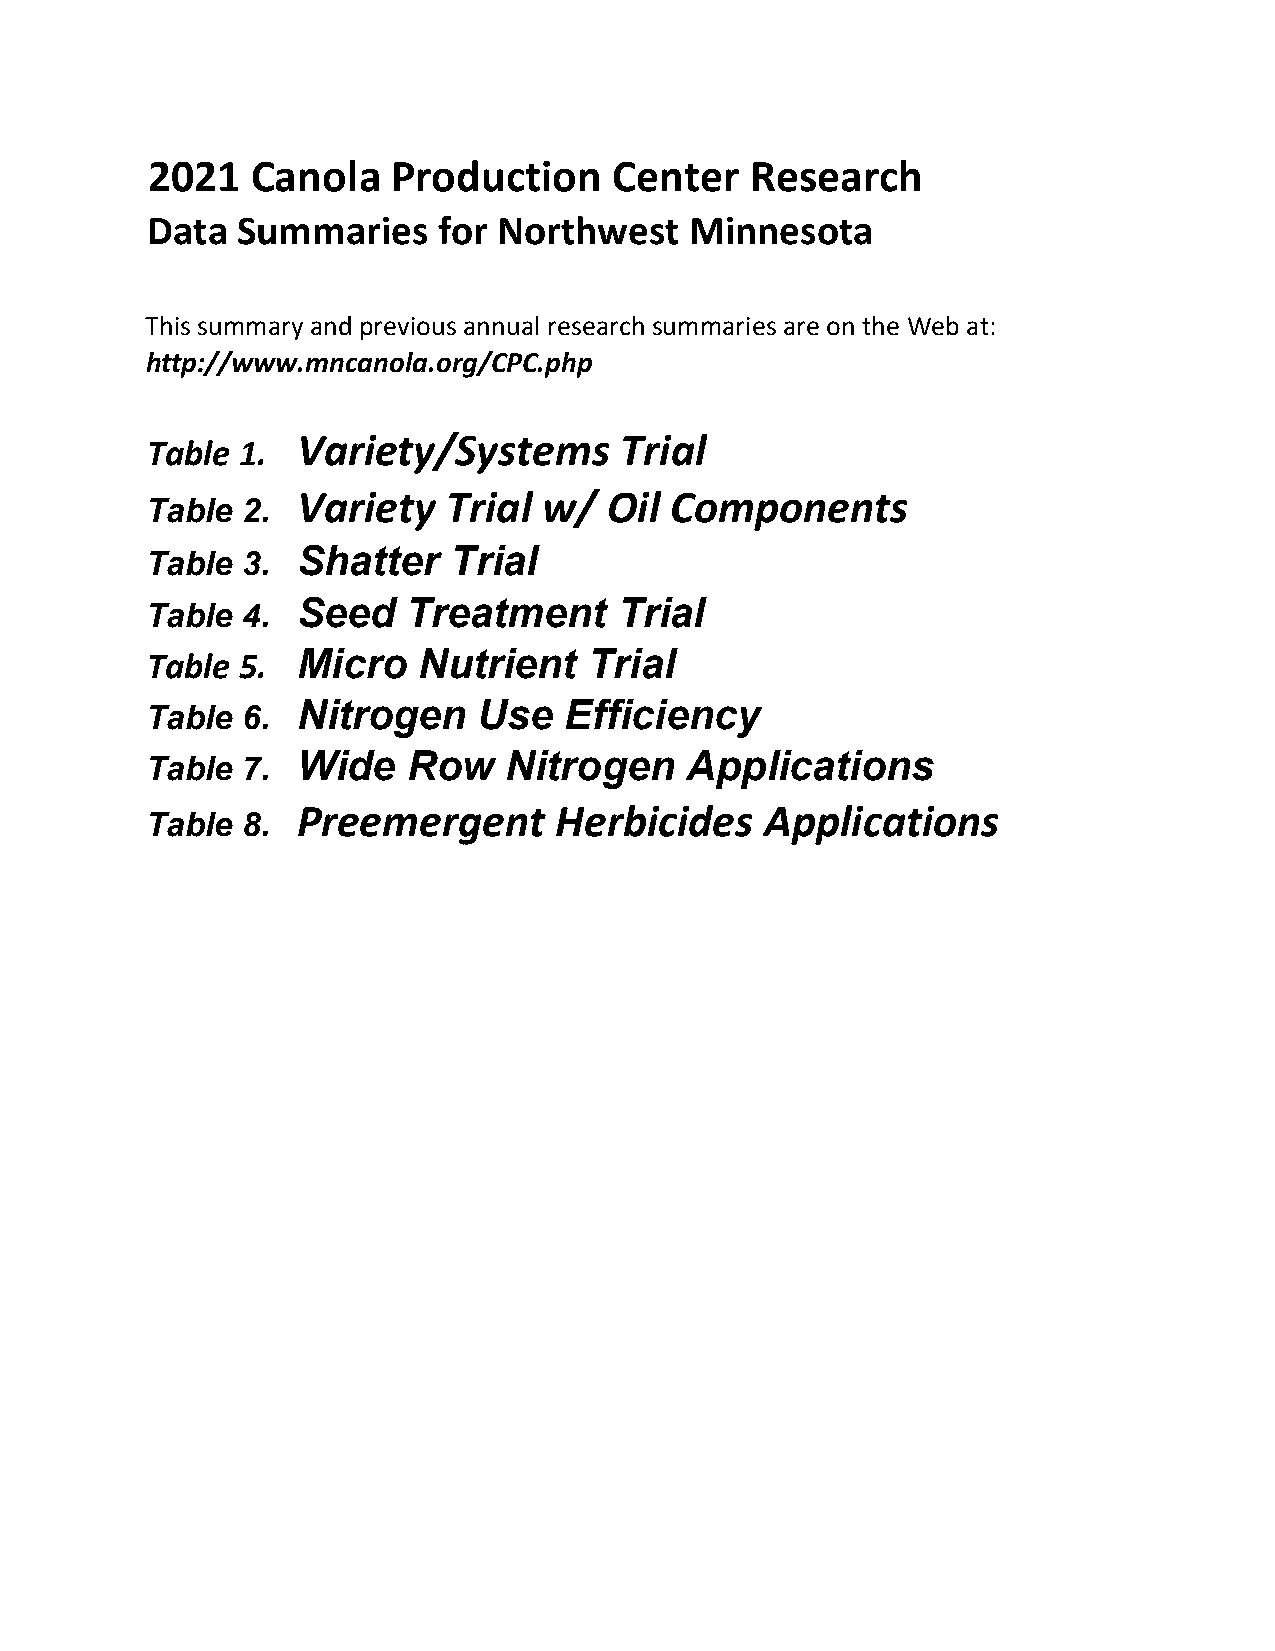
2021   Canola   Production     Center   Research
 Data  Summaries    for Northwest    Minnesota
 This summary and previous annual research summaries are on the Web at:
 http://www.mncanola.org/CPC.php
 Variety/Systems      Trial
 Table 1.
 Variety   Trial w/  Oil Components
 Table 2.
 Table 3.  Shatter   Trial
 Table 4.  Seed   Treatment     Trial
 Table 5.  Micro   Nutrient   Trial
 Table 6.  Nitrogen    Use  Efficiency
 Table 7.  Wide   Row   Nitrogen    Applications
 Preemergent      Herbicides    Applications
 Table 8.